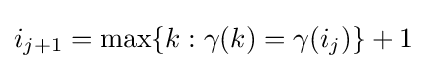
i_{j+1}=\max\{k:\gamma (k)=\gamma (i_{j})\}+1